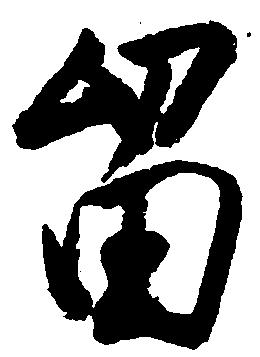
留